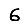
Digit: 6